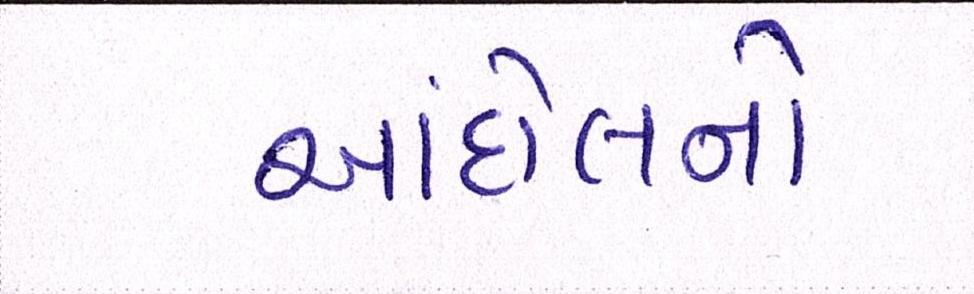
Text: આંદોલનો